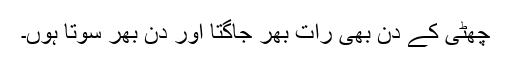
چُھٹی کے دن بھی رات بھر جاگتا اور دن بھر سوتا ہوں۔